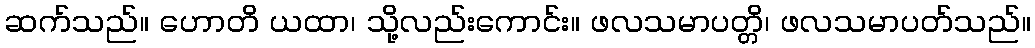
ဆက်သည်။ ဟောတိ ယထာ၊ သို့လည်းကောင်း။ ဖလသမာပတ္တိ၊ ဖလသမာပတ်သည်။